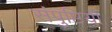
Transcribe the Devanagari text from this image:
संपुष्टियों